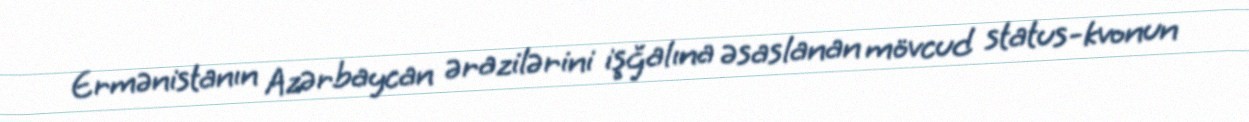
Ermənistanın Azərbaycan ərazilərini işğalına əsaslanan mövcud status-kvonun